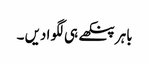
باہر پنکھے ہی لگوا دیں ۔